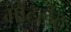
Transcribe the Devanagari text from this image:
गौंटलैट